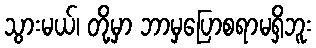
သွားမယ်၊ တို့မှာ ဘာမှပြောစရာမရှိဘူး